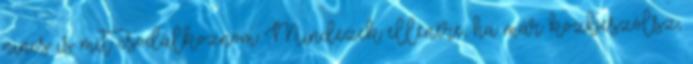
nincs is mit csodálkoznom Mindezek ellenére, ha már közbeszólsz,